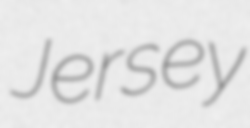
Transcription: Jersey